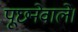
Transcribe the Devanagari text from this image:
पूछनेवाले।